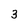
Character: 3